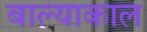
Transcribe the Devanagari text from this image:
बाल्याकाल